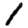
Digit: 1